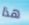
هذا